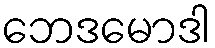
ဘေဒမောဒါ